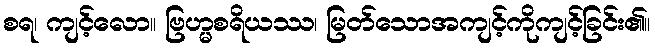
စရ၊ ကျင့်လော။ ဗြဟ္မစရိယဿ၊ မြတ်သောအကျင့်ကိုကျင့်ခြင်း၏။